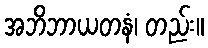
အဘိဘာယတနံ၊ တည်း။